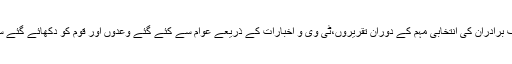
میرے سامنے اسکرینوں پر شریف برادران کی انتخابی مہم کے دوران تقریروں،ٹی وی و اخبارات کے ذریعے عوام سے کئے گئے وعدوں اور قوم کو دکھائے گئے سبز باغات کی ویڈیو چل رہی ہیں۔